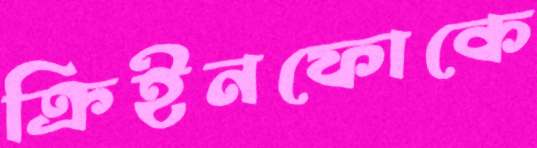
ক্রিইনফোকে